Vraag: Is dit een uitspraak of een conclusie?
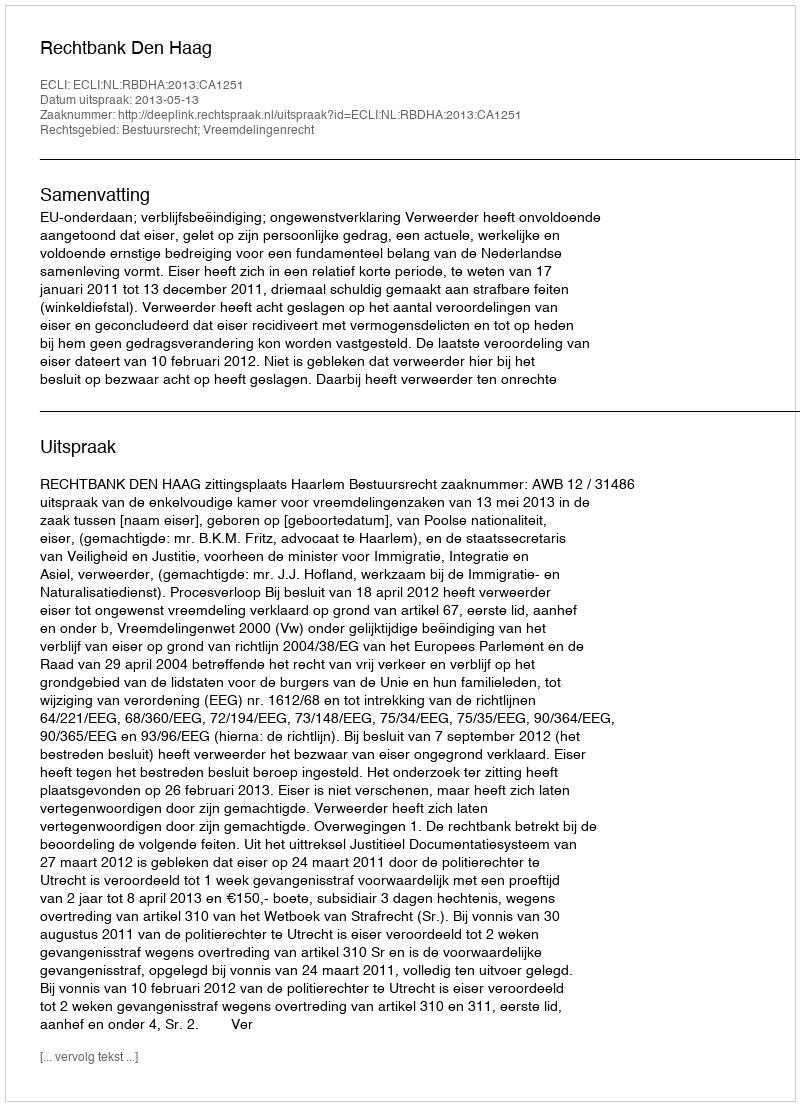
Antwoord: Uitspraak